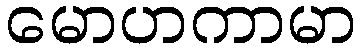
မောဟကာမာ